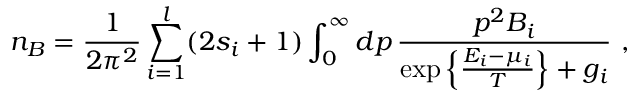
n _ { B } = { \frac { 1 } { 2 \pi ^ { 2 } } } \sum _ { i = 1 } ^ { l } ( 2 s _ { i } + 1 ) \int _ { 0 } ^ { \infty } d p \, { \frac { p ^ { 2 } B _ { i } } { \exp \left\{ { \frac { E _ { i } - \mu _ { i } } { T } } \right\} + g _ { i } } } \ ,